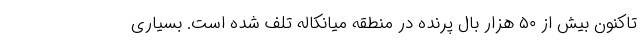
تاکنون بیش از ۵۰ هزار بال پرنده در منطقه میانکاله تلف شده است. بسیاری